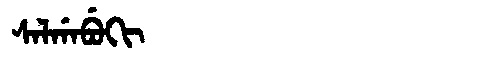
Manchu: ᠰᠠᠯᡤᠠᠪᡠᡴᡳ
Romanization: SALGABUKI